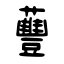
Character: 蘴